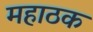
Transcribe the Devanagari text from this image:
महाठक